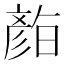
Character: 𭛛